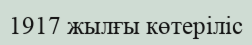
1917 жылғы көтеріліс